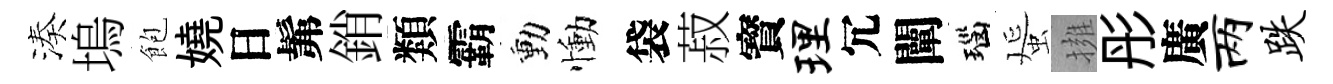
湊塢飽嬈日髴銷類霸動慟袋菽寳理冗闡瑙蜑擁彤廣两跌